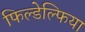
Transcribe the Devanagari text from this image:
फिल्डेल्फिया